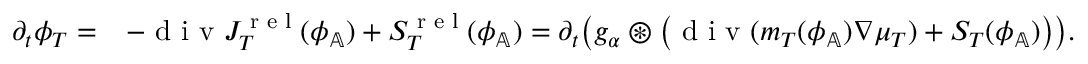
\begin{array} { r l } { \partial _ { t } \phi _ { T } = } & { - \textup { d i v } J _ { T } ^ { \textup { r e l } } ( \phi _ { \mathbb { A } } ) + S _ { T } ^ { \textup { r e l } } ( \phi _ { \mathbb { A } } ) = \partial _ { t } \big ( g _ { \alpha } \circledast \big ( \textup { d i v } ( m _ { T } ( \phi _ { \mathbb { A } } ) \nabla \mu _ { T } ) + S _ { T } ( \phi _ { \mathbb { A } } ) \big ) \big ) . } \end{array}